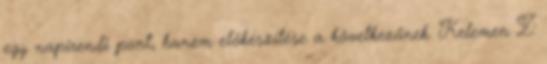
egy napirendi pont, hanem előkészítése a következőnek. Kelemen Z.